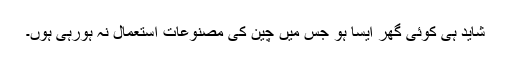
شاید ہی کوئی گھر ایسا ہو جس میں چین کی مصنوعات استعمال نہ ہورہی ہوں۔